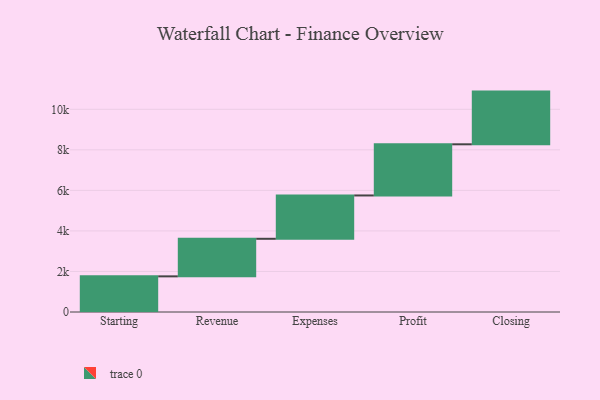
{"axis": {"x": "Step", "y": "Value"}, "legend": [""], "data": [{"x": "Starting", "y": 1759.0, "type": ""}, {"x": "Revenue", "y": 1853.0, "type": ""}, {"x": "Expenses", "y": 2138.0, "type": ""}, {"x": "Profit", "y": 2524.0, "type": ""}, {"x": "Closing", "y": 2600.0, "type": ""}]}